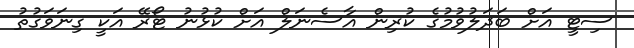
ސިޓީ އަށް ބަދަލުވުމުގެ ކުރިން އާސެނަލް އަށް ކުޅުނު ޓޯރޭ އަކީ ގިނަވަގުތު